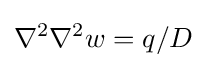
\nabla ^{2}\nabla ^{2}w=q/D